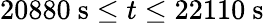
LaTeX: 20880\ \mathrm{s}\leq t\leq 22110\ \mathrm{s}